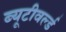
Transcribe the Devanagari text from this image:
ब्यूटीवर्ल्ड